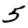
Digit: 5